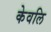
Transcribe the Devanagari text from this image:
केवलि